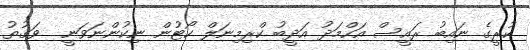
ކުރީގެ ނައިބު ރައީސް އަހްމަދު އަދީބު ކްރިމިނަލް ކޯޓުން ނިކުންނަވަނީ  ވަގުތު